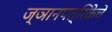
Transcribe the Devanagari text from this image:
ज्ञानपत्रिकेचे